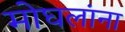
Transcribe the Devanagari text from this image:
मोघलांना